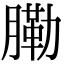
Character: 𦟯